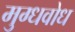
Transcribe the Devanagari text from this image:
मुग्धवोध